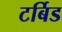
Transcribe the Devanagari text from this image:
टर्बिड